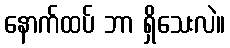
နောက်ထပ် ဘာ ရှိသေးလဲ။